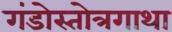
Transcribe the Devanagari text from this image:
गंडोस्तोत्रगाथा